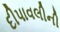
દીપાવલીની